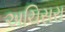
અચિસરા